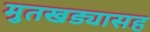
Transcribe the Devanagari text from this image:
मुतखड्यासह